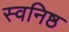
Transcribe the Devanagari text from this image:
स्वनिष्ठ